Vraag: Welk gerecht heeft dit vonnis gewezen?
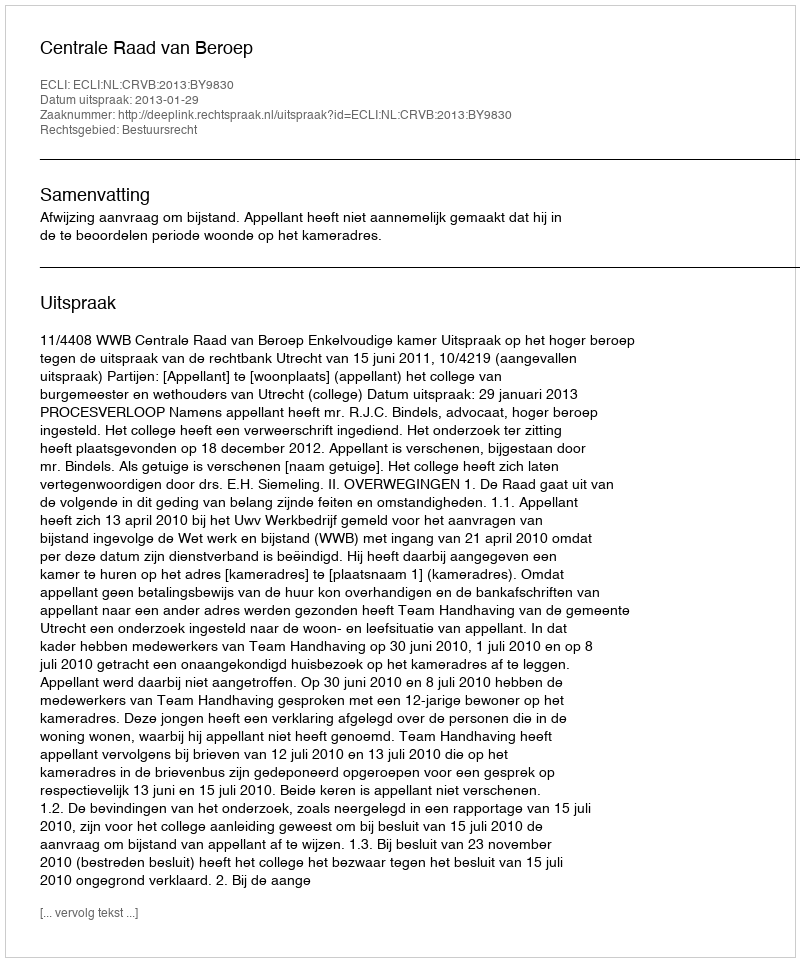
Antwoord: Centrale Raad van Beroep